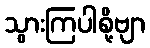
သွားကြပါစို့ဗျာ